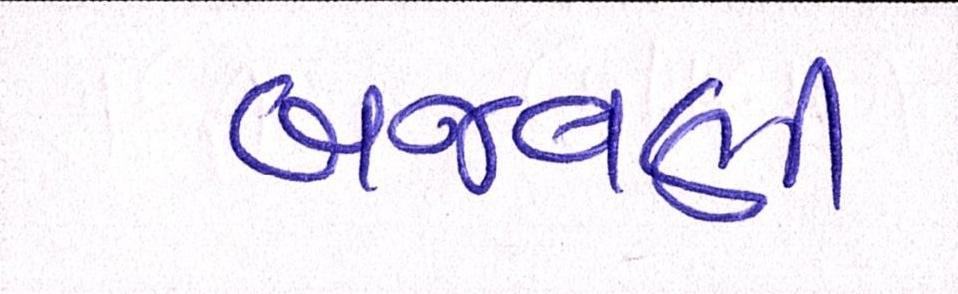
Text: બજવણી